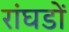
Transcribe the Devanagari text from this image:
रांघडों